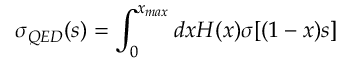
\sigma _ { Q E D } ( s ) = \int _ { 0 } ^ { x _ { m a x } } d x H ( x ) \sigma [ ( 1 - x ) s ]